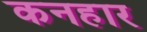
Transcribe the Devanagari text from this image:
कनहार